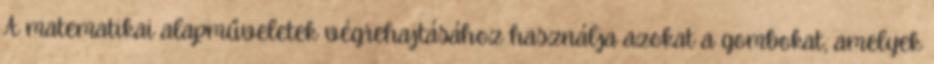
A matematikai alapműveletek végrehajtásához használja azokat a gombokat, amelyek